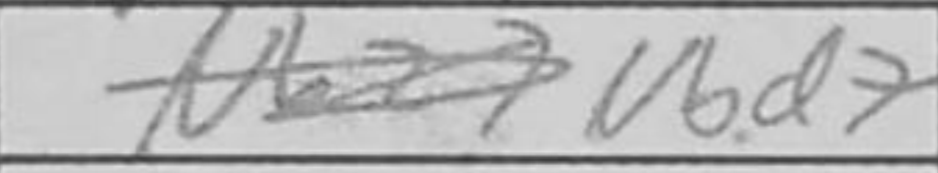
Transcription: Nbd7